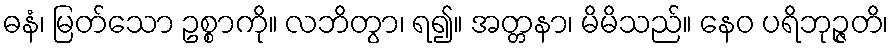
ဓနံ၊ မြတ်သော ဥစ္စာကို။ လဘိတွာ၊ ရ၍။ အတ္တနာ၊ မိမိသည်။ နေဝ ပရိဘုဉ္ဇတိ၊